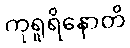
ကုရူရိနောတိ